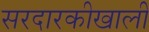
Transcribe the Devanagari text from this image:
सरदारकीखाली